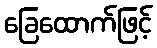
ခြေထောက်ဖြင့်